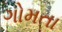
ગોમતા